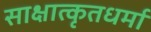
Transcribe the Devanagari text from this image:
साक्षात्कृतधर्मा